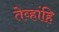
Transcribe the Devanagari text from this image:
तेव्हांहि